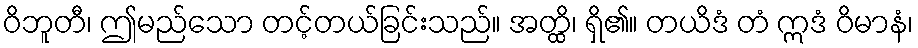
ဝိဘူတီ၊ ဤမည်သော တင့်တယ်ခြင်းသည်။ အတ္ထိ၊ ရှိ၏။ တယိဒံ တံ ဣဒံ ဝိမာနံ၊